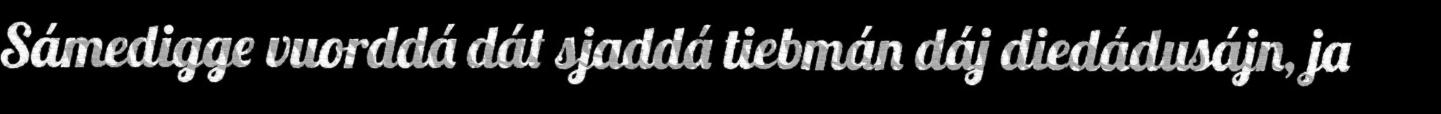
Sámedigge vuorddá dát sjaddá tiebmán dáj diedádusájn, ja